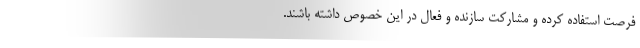
فرصت استفاده کرده و مشارکت سازنده و فعال در این خصوص داشته باشند.